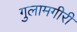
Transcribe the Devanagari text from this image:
गुलामगीरी